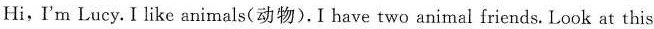
Hi,I'm Lucy. I like animals(动物).I have two animal friends. Look at this